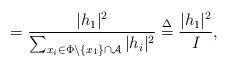
LaTeX: \begin{align*} &=\frac{|h_1|^2}{\sum_{x_i\in \Phi\backslash\{x_1\}\cap \mathcal{A}}|h_i|^2} \overset{\Delta}{=}\frac{|h_1|^2}{I},\end{align*}